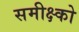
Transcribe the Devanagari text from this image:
समीक्ष्को